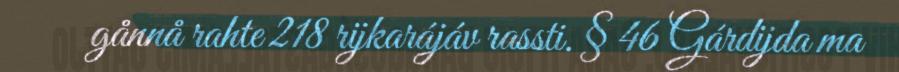
gånnå rahte 218 rijkarájáv rassti. § 46 Gárdijda ma